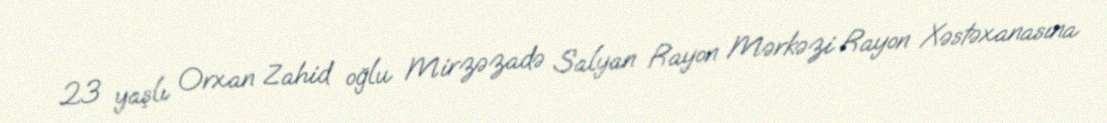
23 yaşlı Orxan Zahid oğlu Mirzəzadə Salyan Rayon Mərkəzi Rayon Xəstəxanasına